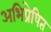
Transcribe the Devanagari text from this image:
अभिप्रेषित